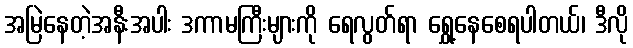
အမြဲနေတဲ့အနီးအပါး ဒကာမကြီးများကို ရေလွတ်ရာ ရွှေ့နေစေရပါတယ်၊ ဒီလို